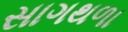
સાગથળા